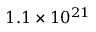
1 . 1 \times 1 0 ^ { 2 1 }